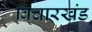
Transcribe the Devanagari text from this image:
विचारखंड